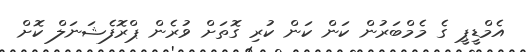
އެމްޑީޕީ ގެ މެމްބަރުން ކަން ކަން ކުރި ގޮތަށް ވުރެން ޕްރޮފެޝަނަލް ކޮށް